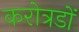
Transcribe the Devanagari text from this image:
करोत्रडों